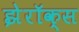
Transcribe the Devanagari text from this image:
झेरॉक्‍स